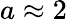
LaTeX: a\approx 2